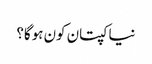
نیا کپتان کون ہوگا؟